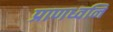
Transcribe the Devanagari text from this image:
प्राणध्वनि